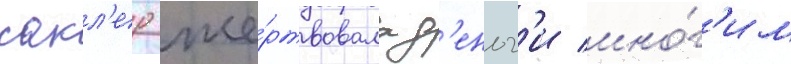
сакл'ер же́ртвовала д'еньг'и мно́г'им